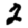
Digit: 2